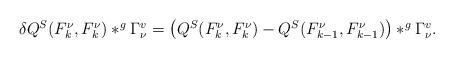
LaTeX: \begin{align*}\begin{array}{ll}\delta Q^S(F^{\nu}_{k},F^{\nu}_{k})\ast^g \Gamma^v_{\nu}=\left( Q^S(F^{\nu}_{k},F^{\nu}_{k})-Q^S(F^{\nu}_{k-1},F^{\nu}_{k-1})\right) \ast^g \Gamma^v_{\nu}.\end{array}\end{align*}